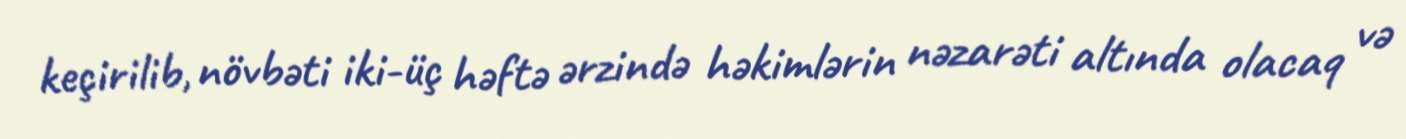
keçirilib, növbəti iki-üç həftə ərzində həkimlərin nəzarəti altında olacaq və